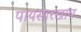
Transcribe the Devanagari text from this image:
पायसारखाच